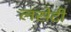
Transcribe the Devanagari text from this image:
लसेटी